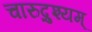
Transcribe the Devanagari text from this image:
चारुद्रुश्यम्